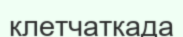
клетчаткада